Vana-Antsla_vallavalitsus, lk 5
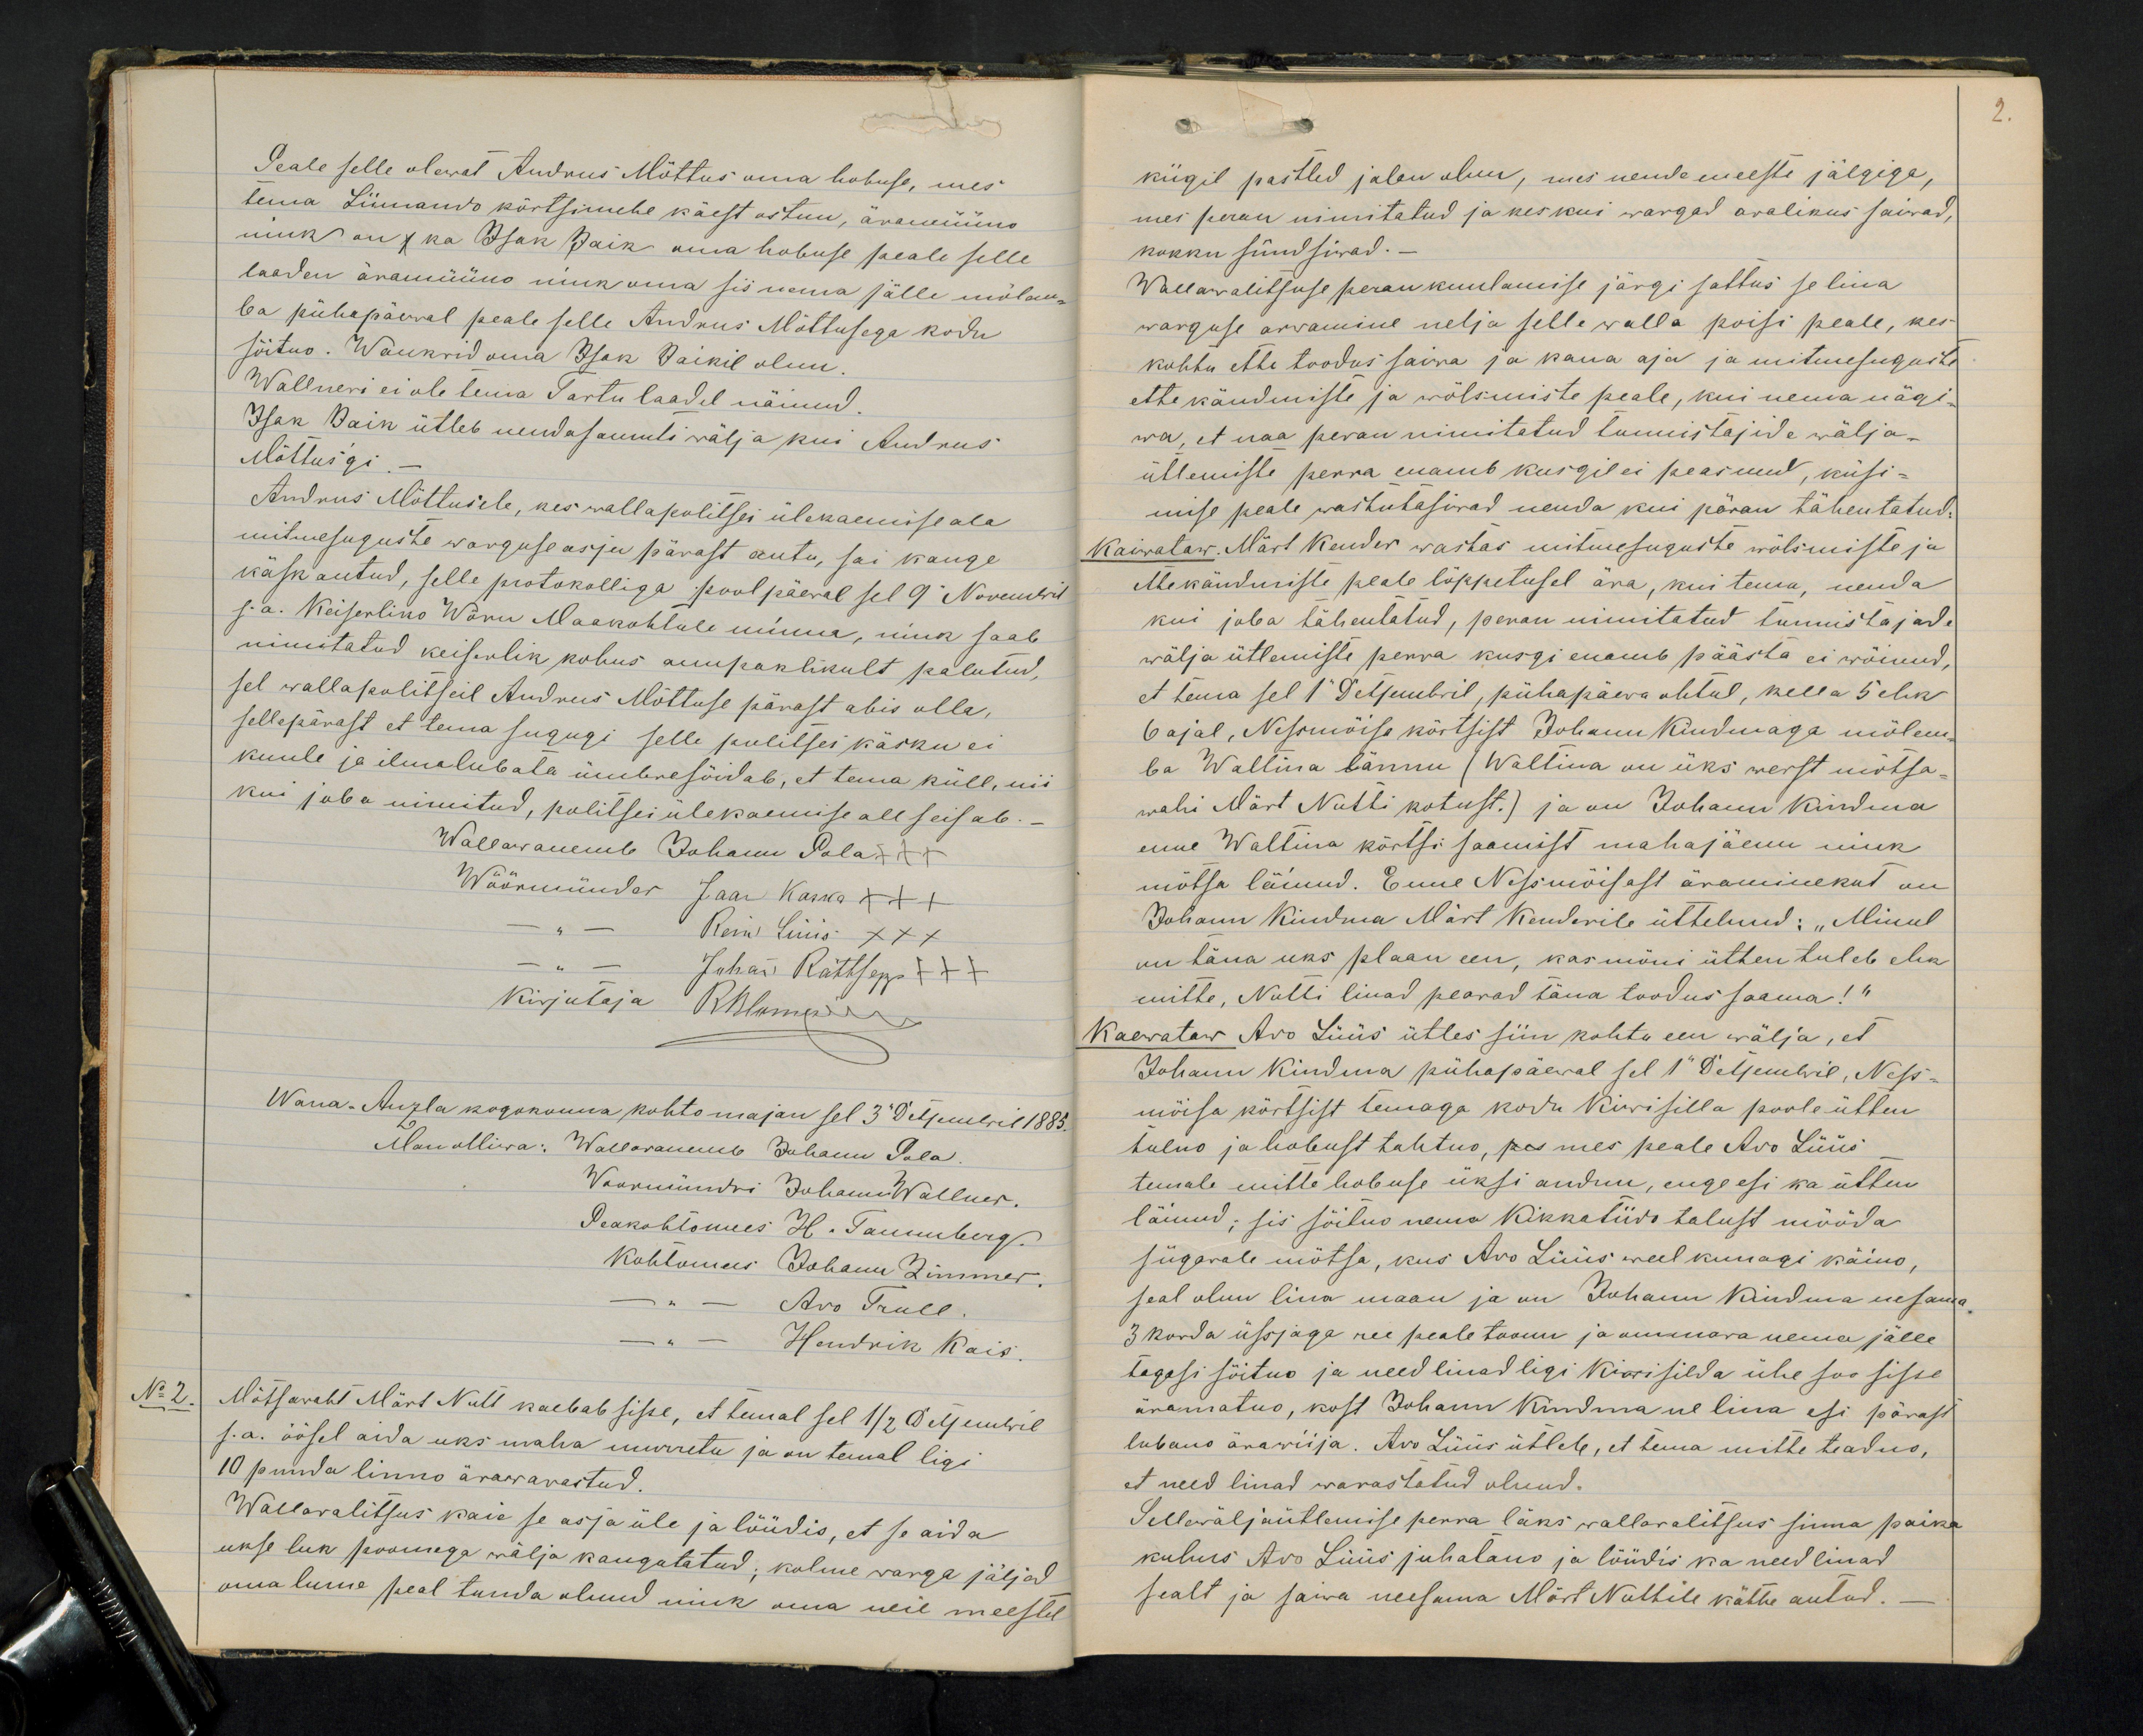
Peale selle olewat Andrus Mõttus oma hobuse, mes
tema Liimaando kõrtsimehe käest ostnu, äramüüno
nink on 1 ka Isak Jaik oma hobuse peale selle
laadan äramüüno nink oma sis wana jälle mõlem-
ba pühapäewal peale selle Andrus Mõttusega kodu
sõitno. Wankrid oma Isak Jaikil olnu.
Wallneri ei ole tema Tartu laadal näinud.
Isak Jaik ütleb nenda samuti wälja kui Andrus
Mõttusgi.
Andrus Mõttusele, kes wallapolitsei ülekaemise ala
mitmesuguste warguse asju pärast antu, sai kange
käsk antud, selle protokolliga pool päewal sel 9 Nowembril
s.a. Keiserliko Wõru Maakohtule minema, nink saab
nimitatud keiserlik kohus auupaklikult palutud,
sel wallapolitseil Andrus Mõttuse pärast abis olla,
sellepärast et tema sugugi selle politsei käsku ei
kuule ja ilmalubata ümbresõidab, et tema küll, nii
kui juba nimitud, politsei ülekaemise all seisab.
Wallawanemb Johann Pola XXX
Wöörmünder Jaan Kaska XXX
Rein Lüüs XXX
Kirjutaja Rblomewa
Juhan Rättsepp +++
Wana-Anzla kogokonna kohto majan sel 3 Detsembril 1883.
Man olliwa: Wallawanemb Juhann Pola
Woormündri Johann Wallner.
Peakohtomees H. Tammberg.
Kohtomees Johann Zimmer.
-"-
Ado Trull
Hendrik Kais.
No 2
Mõtsawaht Märt Nutt kaebab sisse, et temal sel 1/2 Detsembril
s.a. öösel aida uks maha murretu ja on temal ligi
10 puuda linno ärawarastud.
Wallawalitsus kaie se asja üle ja löüdis, et se aida
ukse luk poomega wälja kangutatud, kolme warga jäljad
oma lume peal tunda olnud nink oma neie meestel

2.
kiigil pastled jalan olnu, mis nende meeste jälgiga,
mes peran nimitatud ja keskui wargad avalikus saiwad,
kokku sündsiwad.-
Wallawalitsuse peran kuulamise järgi sattus se lina
warguse arwamine nelja selle walla poisi peale, kes
kohtu ette toodus saiwa ja kaua aja ja mitmesuguste
ette kändmiste ja wõlsimiste peale, kui nema nägi-
wa, et naa peran nimitatud tunnistajide wälja-
ütlemiste perra enamb kusgil ei peasnud, küsi-
mise peale wastutasiwad nenda kui päran tähentatud:
Kaiwataw. Märt Kender wastas mitmesuguste wõlsmiste ja
ettekändmiste peale lõppetusel ära, kui tema, nenda
kui juba tähentatud, peran nimitatud tunnistajade
wälja ütlemiste perra kusgi enamb päästa ei wõinud,
et tema sel 1 Detsembril, pühapäewa ohtul, kella 5 ehk
6 ajal, Nessmõisa kõrtsist Johann Kiudmaga mõlem-
ba Waltina lännu (Waltina on üks werst mõtsa-
wahi Märt Nutti kotust.) ja on Johann Kiudma
uue Waltina kõrtsi saamist mahajäenu nink
mõtsa läinud. Enne Nessmõisast äraminekut on
Johann Kiudma Märt Kenderile üttelnud: "Minul
on täna uks plaan een, kas mõni ütten tuleb ehk
mitte, Nutti linad peavad täna toodus saama!“
Kaewataw Ado Lüüs ütles siin kohtu een wälja, et
Johann Kiudma pühapäewal sel 1 Detsembril, Ness-
mõisa kõrtsist temaga kodu Kiwisilla poole ütten
tulno ja hobust tahtno, pes mes peale Ado Lüüs
temale mitte hobuse üksi andnu, enge esi ka ütten
läinud; sis sõitno nema Kikkatiido talust mööda
sügawale mõtsa, kus Ado Lüüs weel kunagi käino
seal olnu lina maan ja on Johann Kiudma nesama
3 korda üksjaga ree peale toonu ja ommava nema jälle
tagasi sõitnu ja need linad ligi Kiwisilda ühe soo sisse
äramatno, kost Johann Kiudma ne lina esi pärast
lubano ärawiija. Ado Lüüs ütleb, et tema mitte teadus,
et need linad warastatud olnud.
Sellewäljaütlemise perra läks wallawalitsus sinna paika
kuhus Ado Lüüs juhatano ja löüdis ka need linad
sealt ja saiwa neesama Mart Nuttile kätte antud.